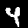
Label: 4